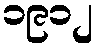
၁၉၁၂